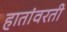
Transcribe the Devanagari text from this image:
हातांवरती